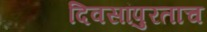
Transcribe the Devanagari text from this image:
दिवसांपुरताच